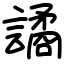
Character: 譎